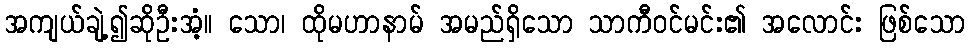
အကျယ်ချဲ့၍ဆိုဦးအံ့။ သော၊ ထိုမဟာနာမ် အမည်ရှိသော သာကီဝင်မင်း၏ အလောင်း ဖြစ်သော